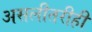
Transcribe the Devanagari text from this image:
असलीतरीही